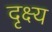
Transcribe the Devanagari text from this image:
दृक्ष्य